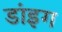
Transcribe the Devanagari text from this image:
डांइग